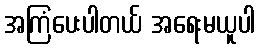
အကြံပေးပါတယ် အရေးမယူပါ